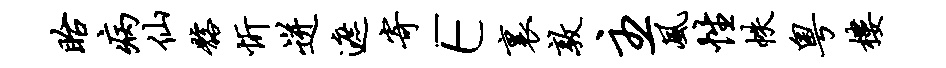
眙病仙髂忻迸遮寄E里敦主风性帙粤楼